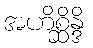
အဟိစ္ဆိန္ဒိ